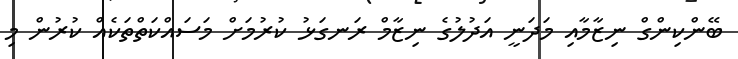
ބޭންކިންގް ނިޒާމާއި މަދަނީ އަދުލުގެ ނިޒާމް ރަނގަޅު ކުރުމަށް މަސައްކަތްތަކެއް ކުރުން މި